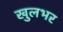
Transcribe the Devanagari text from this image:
खुलभर